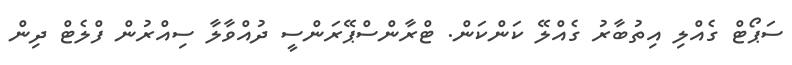
ސަޕޯޓް ގެއްލި އިތުބާރު ގެއްލޭ ކަންކަން. ޓްރާންސްޕޭރަންސީ ދުއްވާލާ ސިއްރުން ފްލެޓް ދިން